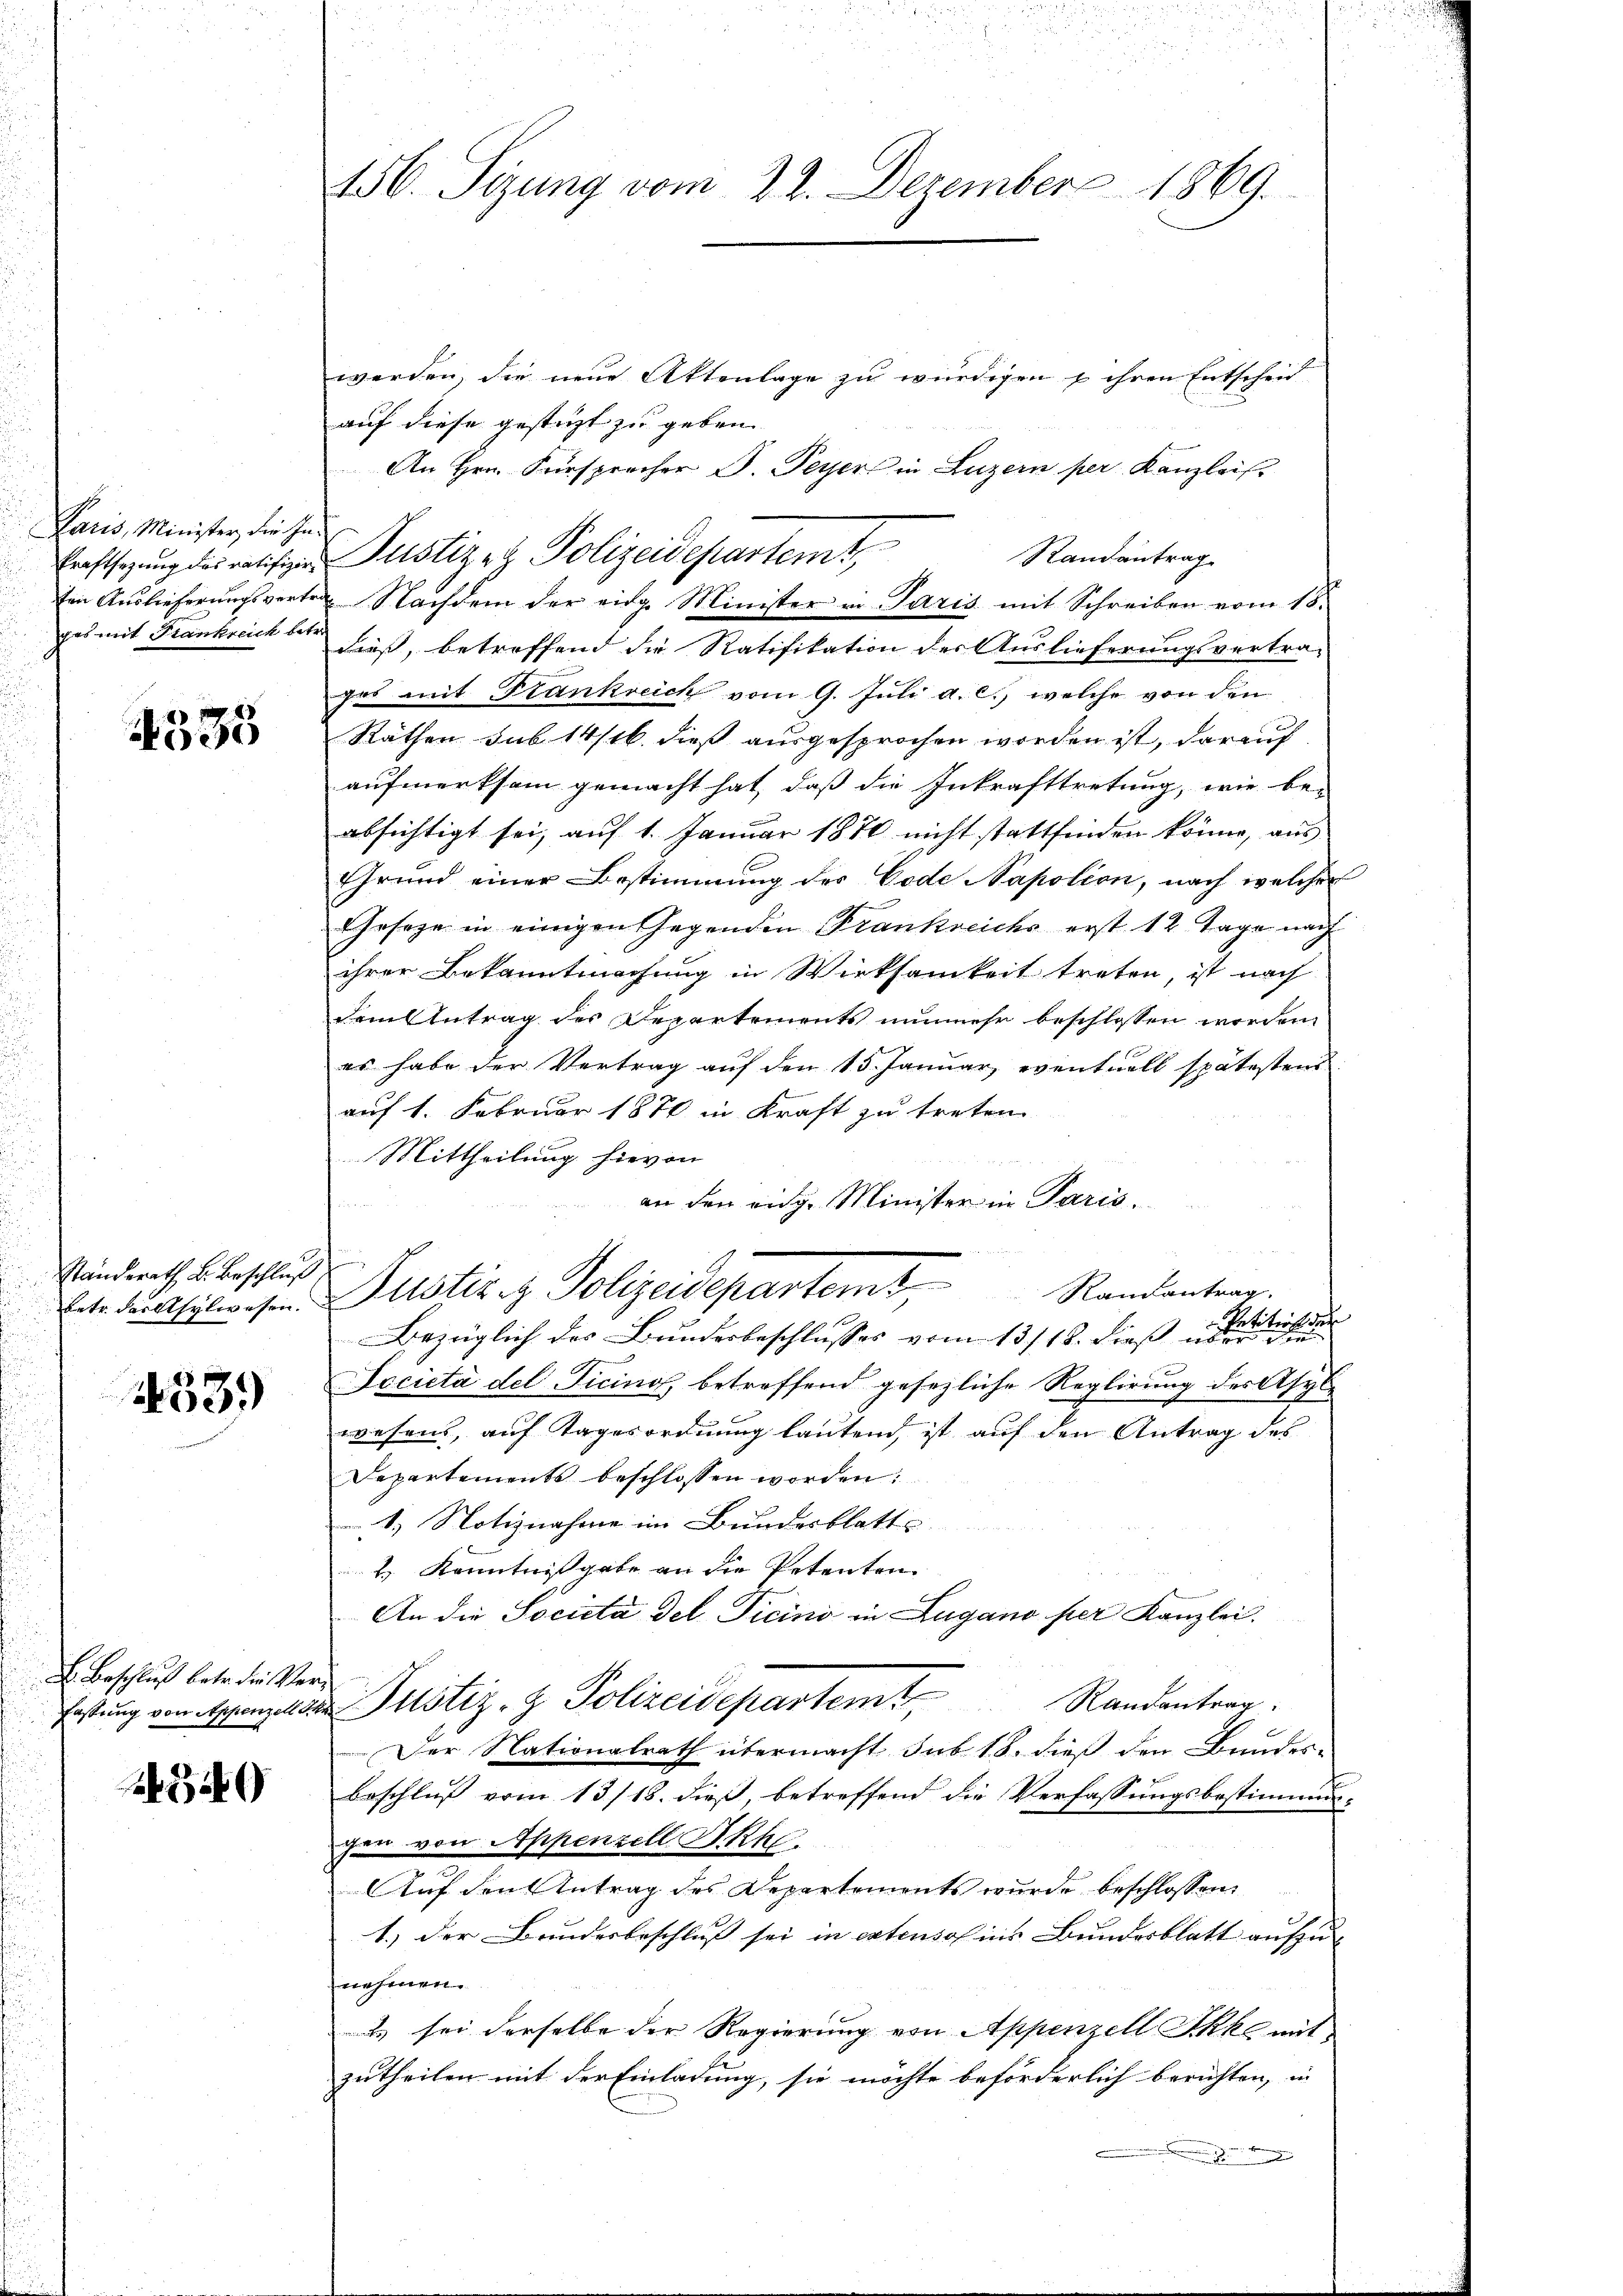
Paris, Minister, die Ind

4535

Ständerath B. Beschluß

2539)

E. Beschluß betr. die Ver¬

3)

456. Sizung vom 22. Dezember 1869.

werden, die neue Aktenlage zu würdigen u ihren Entscheid
auf diese gesteht zu geben.
An Hrn. Fürsprecher S. Peyer in Luzern per Kanzlei
Randantrag
ten Auslieferungsvertrag Nachdem der eidge Minister in Paris mit Schreiben vom 15.
ges mit Frankreich bet hieß, betreffend die Ratifikation der Auslieferungsvertra-
ges mit Frankreich vom 9. Juli a. c. welche von den
Räthen sub 14/16. dieß ausgesprochen worden ist, darauf
aufmerksam gemacht hat, daß die Inkrafttretung, wie be-
absichtigt sei, auf 1. Januar 1870 nicht stattfinden könne, aus
Grund einer Bestimmung des Code Napolion, nach welcher
Geseze in einigen Gegenden Frankreichs erst 12 Tage nach
ihrer Bekanntmachung in Wirksamkeit treten, ist nach
dem Antrag des Departements nunmehr beschlossen worden.
es habe der Vertrag auf den 15. Januar, eventuell spätestens
auf 1. Februar 1876 in Kraft zu treten
Mittheilung hievon
an den eidg. Minister in Paris.
betr. die theilwesen Altstiz & Polizeidepartem Randantrag.
Bezüglich der Bundesbeschlusses vom 13./18. dieß Paulicht der
Decietà del Ticino, betreffend gesezliche Reglirung des Asyl-
wesens, auf Tagesordnung lautend, ist auf den Antrag des
Departements beschlossen worden:
1.) Notiznahme im Bundesblatt
H. Kenntnißgabe an die Petenten
An die Società del Ticini in Lugano per Kanzlei.
Randantrag:
fastung von Appenzuste Justiz- & Polizeidepartemt
Der Nationalrath übermacht sub 18. dieß den Bundes-
beschluß vom 13/18. dieß, betreffend die Verfassungsbestimmun-
gen von Appenzell I.Rh.
Auf den Antrag des Departements wurde beschlossen:
1.) Der Bundesbeschluss sei in extenso ins Bundesblatt aufzu- |
nehmen.
s sei derselbe der Regierung von Appenzell Skka mit
zutheilen mit der Einladung, sie möchte beförderlich berichten, in

Eraftsagung des ratifiger Justiz- & Polizeidepartemt,